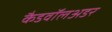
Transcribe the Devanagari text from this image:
कैडवॉलअडर